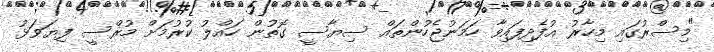
"މިސްރުގައި މިހާރު އުފެދިފައިވާ ހަމަނުޖެހުންތައް ސިޔާސީ ގޮތުން ހައްލު ކުރުމަށް މުރްސީ ފިޔަވަޅު